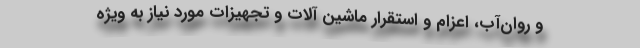
و روان‌آب، اعزام و استقرار ماشین آلات و تجهیزات مورد نیاز به ویژه